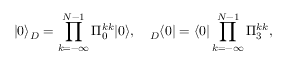
| 0 \rangle _ { D } = \prod _ { k = - \infty } ^ { N - 1 } \Pi _ { 0 } ^ { k k } | 0 \rangle , \quad { } _ { D } \langle 0 | = \langle 0 | \prod _ { k = - \infty } ^ { N - 1 } \Pi _ { 3 } ^ { k k } ,